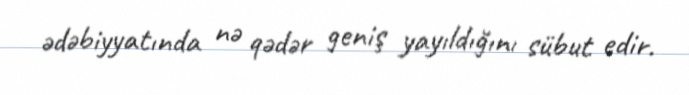
ədəbiyyatında nə qədər geniş yayıldığını sübut edir.